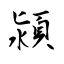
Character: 潁